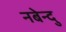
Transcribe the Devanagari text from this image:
नबेन्दु